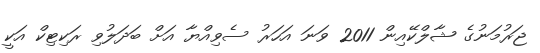
ޖަރުމަނުގެ ޝާލްކޭއިން 2011 ވަނަ އަހަރު ސެވިއްޔާ އަށް ބަދަލުވި ރަކިޓިކް އަކީ